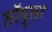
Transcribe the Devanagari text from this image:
लॉबुलर